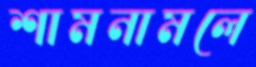
শামনামলে